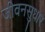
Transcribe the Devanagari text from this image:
जीवनसुधार